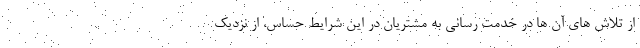
از تلاش های آن ها در خدمت رسانی به مشتریان در این شرایط حساس، از نزدیک